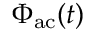
\Phi _ { \mathrm { a c } } ( t )